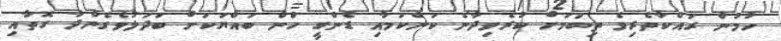
ހުމުން ރައްކާތެރިވެ ތިބުމަށް ކުރެވިދާނެ ކަންކަމާއި ޑެންގީ ހުްން ބައްޔަކަށް ބަދަލުވެގެންދާ ގޮތާއި